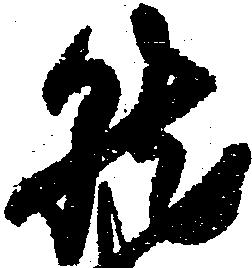
就